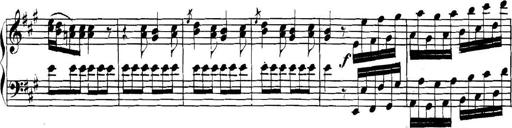
Title: Collected Piano Sonatas
Composer: Muzio Clementi